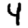
Digit: 4